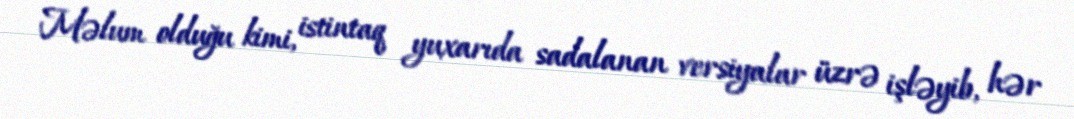
Məlum olduğu kimi, istintaq yuxarıda sadalanan versiyalar üzrə işləyib, hər